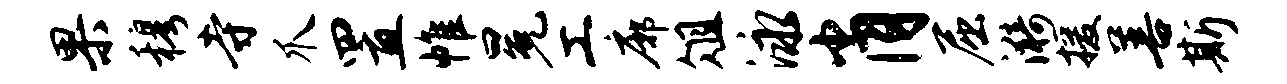
果穆寺爪置帷冕工廓俎泳肖屈漪援善斯